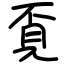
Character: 覔